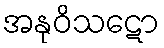
အနုဝိသဋော